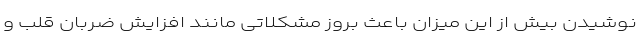
نوشیدن بیش از این میزان باعث بروز مشکلاتی مانند افزایش ضربان قلب و